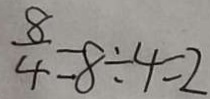
\frac { 8 } { 4 } = 8 \div 4 = 2